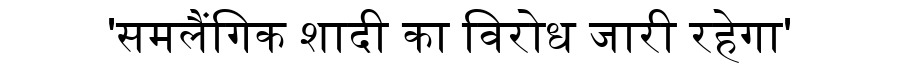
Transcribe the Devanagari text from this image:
'समलैंगिक शादी का विरोध जारी रहेगा'